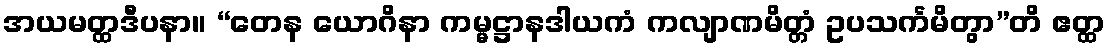
အယမတ္ထဒီပနာ။ “တေန ယောဂိနာ ကမ္မဋ္ဌာနဒါယကံ ကလျာဏမိတ္တံ ဥပသင်္ကမိတွာ”တိ ဧတ္ထ